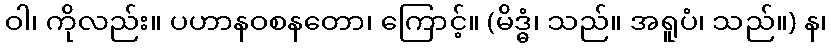
ဝါ၊ ကိုလည်း။ ပဟာနဝစနတော၊ ကြောင့်။ (မိဒ္ဓံ၊ သည်။ အရူပံ၊ သည်။) န၊